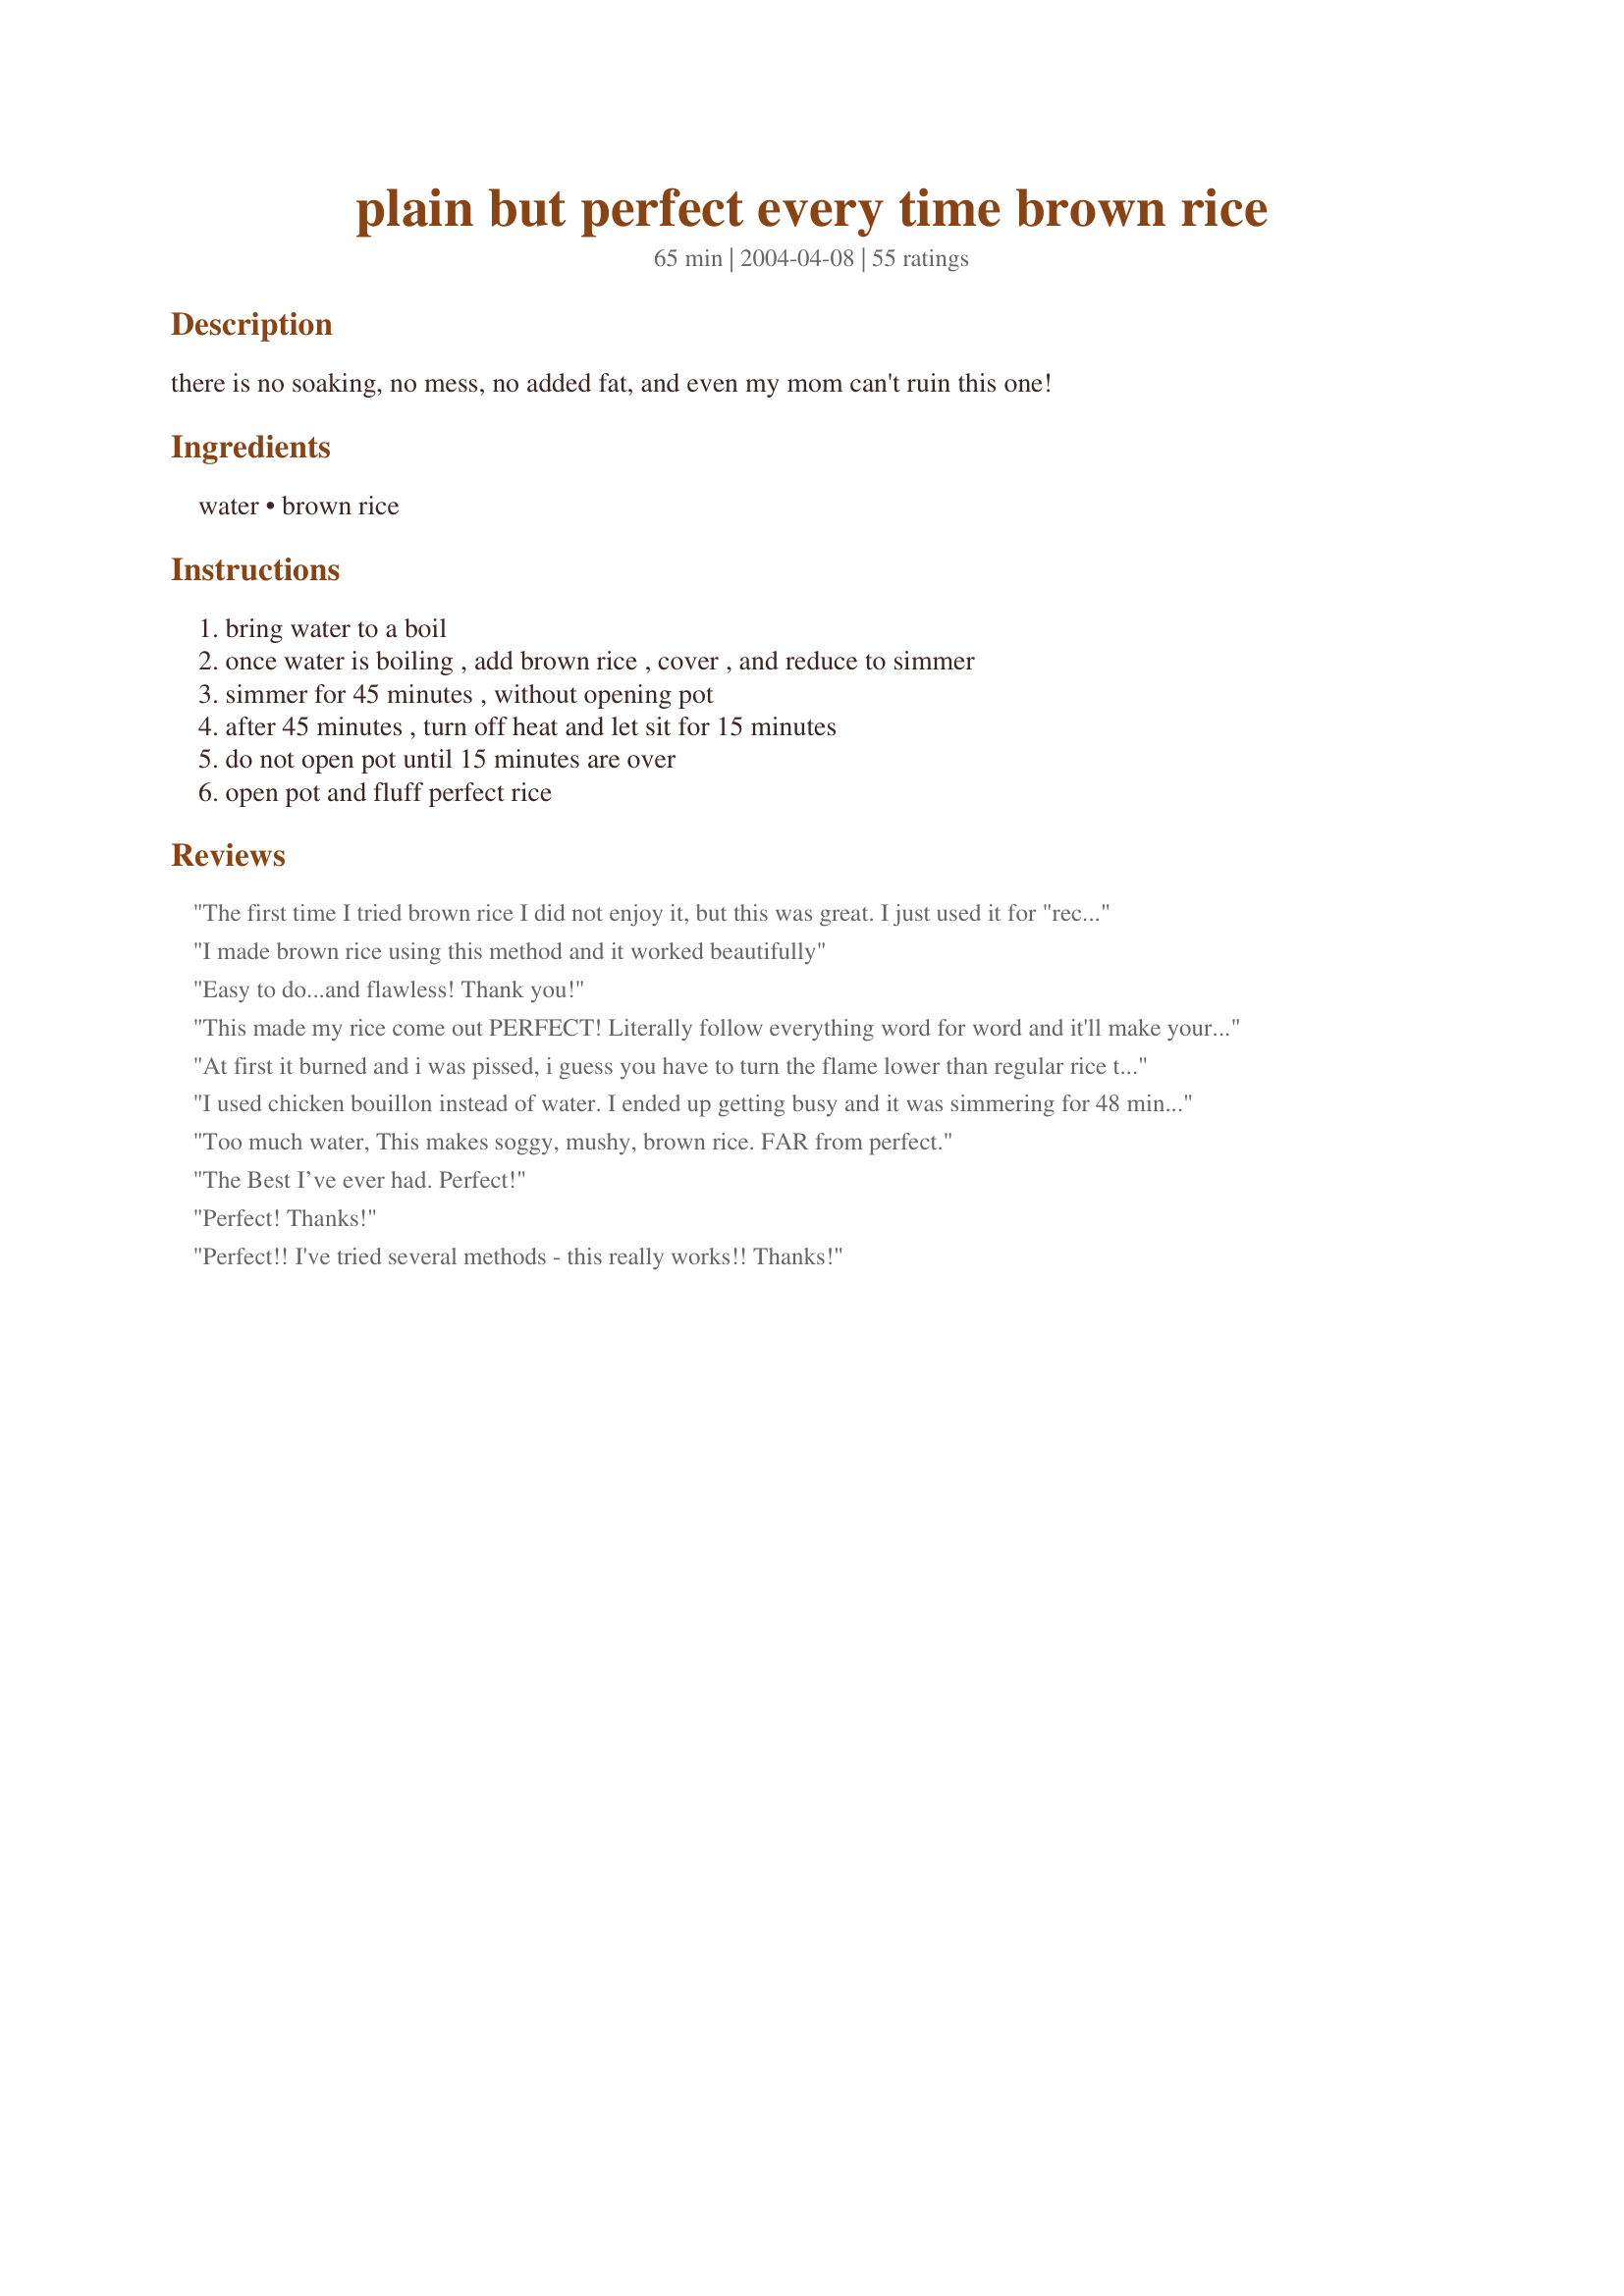
plain but perfect every time brown rice
Preparation time: 65 minutes

there is no soaking, no mess, no added fat, and even my mom can't ruin this one!

Ingredients:
water, brown rice

Steps:
bring water to a boil, once water is boiling , add brown rice , cover , and reduce to simmer, simmer for 45 minutes , without opening pot, after 45 minutes , turn off heat and let sit for 15 minutes, do not open pot until 15 minutes are over, open pot and fluff perfect rice

Reviews:
The first time I tried brown rice I did not enjoy it, but this was great. I just used it for "recipe #260039". I will use this recipe often.
I made brown rice using this method and it worked beautifully
Easy to do...and flawless! Thank you!
This made my rice come out PERFECT! Literally follow everything word for word and it'll make your rice perrrrfect.
At first it burned and i was pissed, i guess you have to turn the flame lower than regular rice to simmer. 2nd time,,,seemed to come out well. 3rd time after it was done, i cooked onion in seperate pan for 3 minutes then added some broccoli sprouts and a splash of water and covered for 3 minutes, then added the rice and some oregano 1/2 a lime and some seasoning and kids loved it...i stared in amazement the whole time, they wouldn't touch it before! Thanks for the recipe! It beats having the whole oven running for an hour!
I used chicken bouillon instead of water. I ended up getting busy and it was simmering for 48 minutes but it still turned out great. I used a non stick pan so no problem with sticking.....rice was perfect consistency.
Too much water, This makes soggy, mushy, brown rice. FAR from perfect.
The Best I’ve ever had. Perfect!
Perfect! Thanks!
Perfect!! I've tried several methods - this really works!! Thanks!
Perfect!
This is exactly the way I make it as well.

There is also an Uncle Ben's quick cooking (not instant or minute rice) where you put in the rice and fill with water, and just drain it after the cooking time has finished. I was hesitant to try it but it's pretty good.

Leanne
Finally, I have made brown rice that was incapable of sticking to the fork! Thank you ever so much!
Family went from dreading brown rice to begging for more! Thank you so much!
Absolutely perfect! I always make brown rice and it is still grainy. NOT this time! I think it needs a little salt though
FINALLY! prefect Brown rice-thank you so much!
The rice came out right for me because I use 3 cups water, 1cup brown rice and 1 tsp salt and simmer until all the water was absorbed.
I'm in shock. I've never been able to cook rice, and I live at altitude which tends to complicate some things...like rice. Turned out beautifully. This will be my go-to method from now on. I am ever so grateful.
It was good but mine was not perfect, we had to scoop the rice out of the liquid that remained in the bottom. I used chicken broth instead of water. After it sat on the table for about 10 minutes it was just fine. I think I will make it again just add a little more sitting time or a little less water. Thank you.
Rice so good I chubbed up.
Came out great.
I am rating this only 3 stars because my rice still has a little crunch to it. It is better than all the other recipes I've tried, but I just can't get the rice to be completely cooked through. I followed the directions to the letter. Thanks for posting, unfortunately I need to keep searching though.
Perfect recipe if you're looking for blacked acrid tasting brown/black rice.
This is a terrific way to make brown rice. It came out perfect. I used to bake my brown rice, but it always came out a little wet. I won't be baking my brown rice anymore! Thanks!
I've never made good rice in my life. Always wither too wet or too dry. I followed this exactly, and the rice came out perfect as promised. I have been calling people to tell them about it. This was a big day~
I followed exactly but used homemade broth instead of water. THIS IS THE BEST RECIPE. simple, straight to the point and the rice was PERFECT!!
garbage recipe. followed exactly and came out as rice soup. way too much water.
This came out absolutely perfect!
Did everything accordingly came out good
I used to be afraid of making brown rice as it never came out right but this easy recipe has given us brown rice perfectly cooked everytime.
The best recipe!!!! Thanks u so much. If you follow the instructions you got it. Perfect, perfect, yummy
Too mushy almost like rice pudding. Would have been better with less water and less cooking time and wayy more flavor. I should have cooked the rice according to the bags instructions. I dont recomend at all unless you like fluffy goop
I used a bit less water, let it rolling boil for about 5 minutes before turning down to simmer, and let it sit as directed maybe longer (I actually lost track of time). However, I did brown my rice in olive oil, salt my water with chicken bullion and added onions prior to cooking for flavor. But it turned out great!
I add a chicken or beef bouillon to the water. Taste wonderful.
Perfect, I use 1/2 to 1 tbs Vegetable Better Than Bouillon and it comes out great. Amount depends on how salty I want it to be. This is a go to for me. My family says I make the best brown rice!
Turned out perfectly. There sure are some bitter, angry people commenting on here though. &quot;Fluffy goop&quot;??? Wow.
Great recipe!
There was still a little water at the bottom of the pan, but the rice was cooked through. I may cook it longer or use a little water next time, like a tablespoon less. Thanks for posting the recipe.
My rice turned out perfect texture...not too hard and not too soft. I stirred the rice a couple of times (quickly) so that it could cook evenly. I followed the timing and ratios as given. This recipe is perfect for me.
I have tried so many different ways to cook brown rice and all the time it came out tasting like cardboard. Thank you for posting
Tonight, I cooked baked chicken and gravy, brown rice and black-eyed peas. I'm not a fan of cooking rice because I suck at it. Lol Either I scorch the bottom or the rice isn't cooked thoroughly and is crunchy. These simple instructions helped me to make the perfect pot of brown rice. I was sooo excited!
perfect !!!! time is really acurate n finally i have got a recipe that really cooks brown rice
though i dnt like the taste of brown rice much its really better to eat sumthing thoroughly cooked than half cooked n soiled rice thanks .!!!
I do the same thing there was a similar recipe for brown rice but with 12 cups of water drain rice after 30/40 minutes then add it back to the pan you used for another 15 minutes the heat from the pan and rice helps its it get softer
I doubled this recipe. I cooked exactly to the directions, on medium-low heat. The top layer of rice was perfect, fluffy and great. The middle to bottom layers were burned to a crisp. This needs some tweaking. Sorry.
Perfect yammmmyyyy
This is truly perfect but I took it up a notch. I doubled the recipe and cooked the rice in homemade chicken stock that I made in the Instant Pot with a half teaspoon of kosher salt according to directions and then set it aside. It was very flavorful. I went even further by saut&eacute;ing celery, onion, garlic, carrot, bay leaf, fresh thyme, powdered thyme, fresh rosemary and a few dashes of hot sauce and a half teaspoon of kosher salt in a mixture of butter and olive oil. When the vegetables were tender I added a whole rotisserie chicken that I deboned, removed the skin and chopped into bite sized pieces. I stirred and let cook together for about ten minutes. I then added chopped scallions and chopped fresh parsley and added the rice a few cooking spoons at a time until it was combined well. I did not use all of the rice but froze the remainder. Careful with the salt as some rotisserie chickens can be very salty. Somewhere between jambalaya, chicken bog or rice pilaf. Can be served alone for lunch with a salad, as a side or as a bed for meat or beans. Yummy!
Not sure what went wrong but I followed the instructions exactly and my brown rice was the consistency of cooked oatmeal, very wet and very soggy. I threw it away. I used a medium sized saucepan. What type of pan do you use? Any other suggestions of what I can tweak? Thanks.
Thank you for sharing this! I follwed the directions on the back of the package of brown rice and it came out watery and I had to cook it a lot longer. I searched on here for a recipe, and I'm so glad I picked this one! I may use chicken broth in place of tbe water next time to up the flavor factor, but overall, this is a fool proof way to cook brown rice!
Ditto: Perfect. I have reservations though about this recipe working on an electric range. Luckily we now have a gas range. Thanks for posting this.
This was really good! I've just switched to brown rice, and I am trying to find the best way to make it, and this was the best so far! I also sauteed half of a small onion in some olive oil until soft, then added in about 2 1/2 cups of water and 1 cup brown rice. I then followed the given instructions. Thank you for sharing, will make again!
I hate to break the trend of 5 star reviews! But I'm still looking for the "perfect brown rice" recipe. I followed the directions exactly, yet it was burned on the bottom and still not soft like I would like it. Thanks anyway! :o)
This method doesn't reduce the potential high level of arsenic in the rice. I suggest rinsing then boiling the rice like pasta and discarding the contaminated water. Culture has it that we cook rice with the minimum amount of water, however its absolutely not necessary. If this is the first you've heard about arsenic levels in rice, I suggest you do some research.
Perfect. I followed it exactly, and used the cooked rice in Recipe #151779. I'll use this method again & again.
I have tried every single brown rice recipe -seriously! This is by far the absolute best. But holy cow I'm shocked!!!!!
I sometimes add chopped garlic to the pot. I spray the pot with Pam, saute for a couple of minutes, then continue. Perfect
